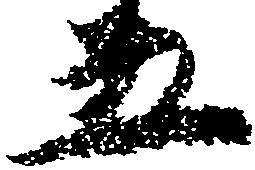
五